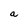
Character: a